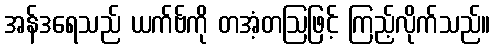
အန်ဒရေသည် ယက်ဗ်ကို တအံ့တဩဖြင့် ကြည့်လိုက်သည်။